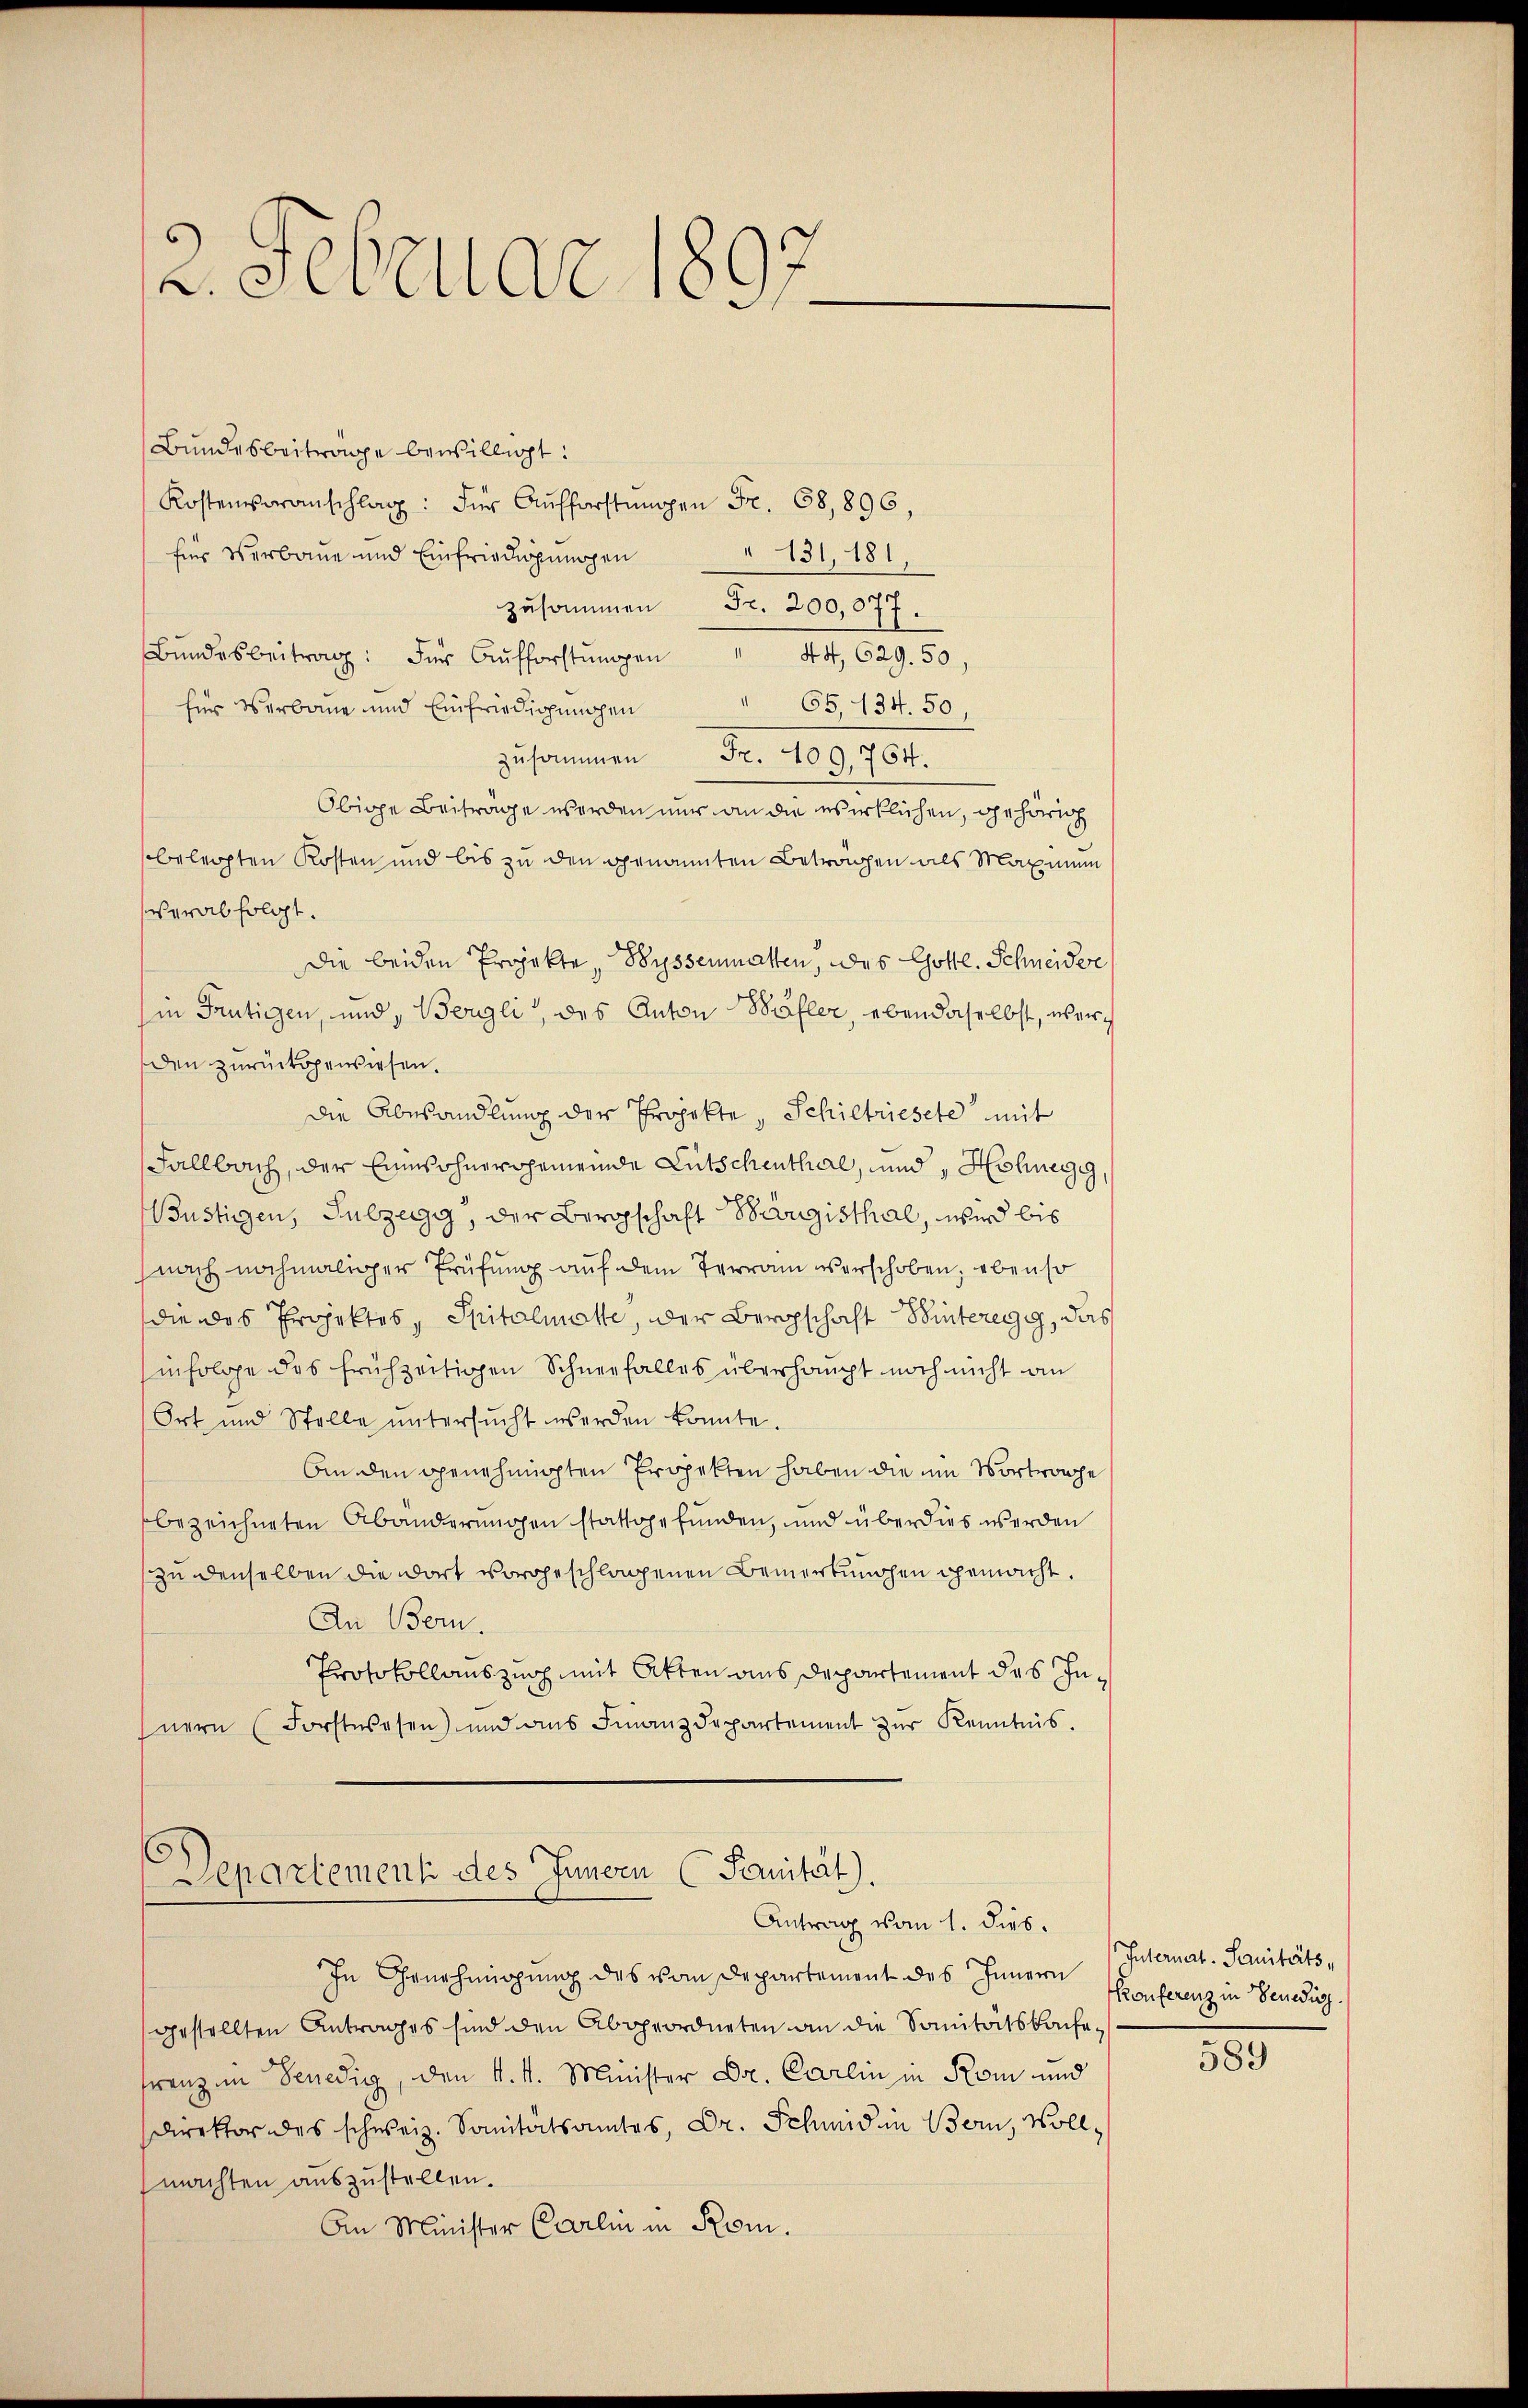
2. Februar 1897

Bundesbeitrage bewilligt:
Kostenveranschlag: Für Aufforstungen Fr. 68,896,
für Verbaue und Einfriedigungen
" 131, 181,
zusammen Fr. 200,077.
Bŭndesbeitrag: Für Aŭfforstŭngen " 44, 629. 50,
" 65, 134. 50
für Verbaue und Einfriedigungen
zusammen Fr. 109. 764.
Obige Beiträge worden nur an die wirklichen, gehörig
belegten Kosten und bis zu den genannten Betrachen als Maximum
verabfolgt.
Die beiden Projekte, Wyssenmatten, des Gottl. Schneider
(in Frutigen, und, Bergli, des Anton Bäller, ebendaselbst, werden zurückgewiesen.
die Abesandlung der Projekte, Schietriesete mit
Fallbach, der Einwohnerggemeinde Litschenthal, und, Honegg
Bustigen, Sulzegg, der Bergschaft Bärggisthal, wird bis
(nach nochmaliger Prüfung auf dem Terrain verschoben; ebenso
die des Projektes, Spitalmatte, der Bergschaft Winteregg, das
infolge des frühzeitigen Schneefalles überhaupt noch nicht an
Ort und Stelle untersŭcht werden könnte.
An den genehmigten Propekten haben die um Vortranche
bezeichneten Abänderungen stattgefunden, und überdies werden
zu denselben die dort vorgeschlagenen Bemerkungen gemacht.
An Bern.
Protokollauszusch mit Atten aus Departement des Innern (Forstwesen) und aus Finanzdepartement zur Kenntnis.

s
Separtement des Innern (Sanität)
Antrag vom 1. dies.

In Genehmigung des vom Departement des Inneren Conferenz in Benedig
gestellten Antrages sind den Abgeordneten an die Sanitätsbache
tenz in Benedig, den k. k. Minister Dr. Carlin in Rom und
Direktor des schweiz. Sanitätsamtes, Dr. Schmid in Bern, Wollmachten auszustellen.
An Minister Carlin in Rom.

Internat. Sanitäts,

589